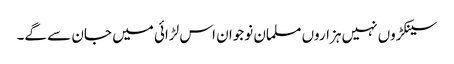
سینکڑوں نہیں ہزاروں مسلمان نوجوان اس لڑائی میں جان سے گے۔